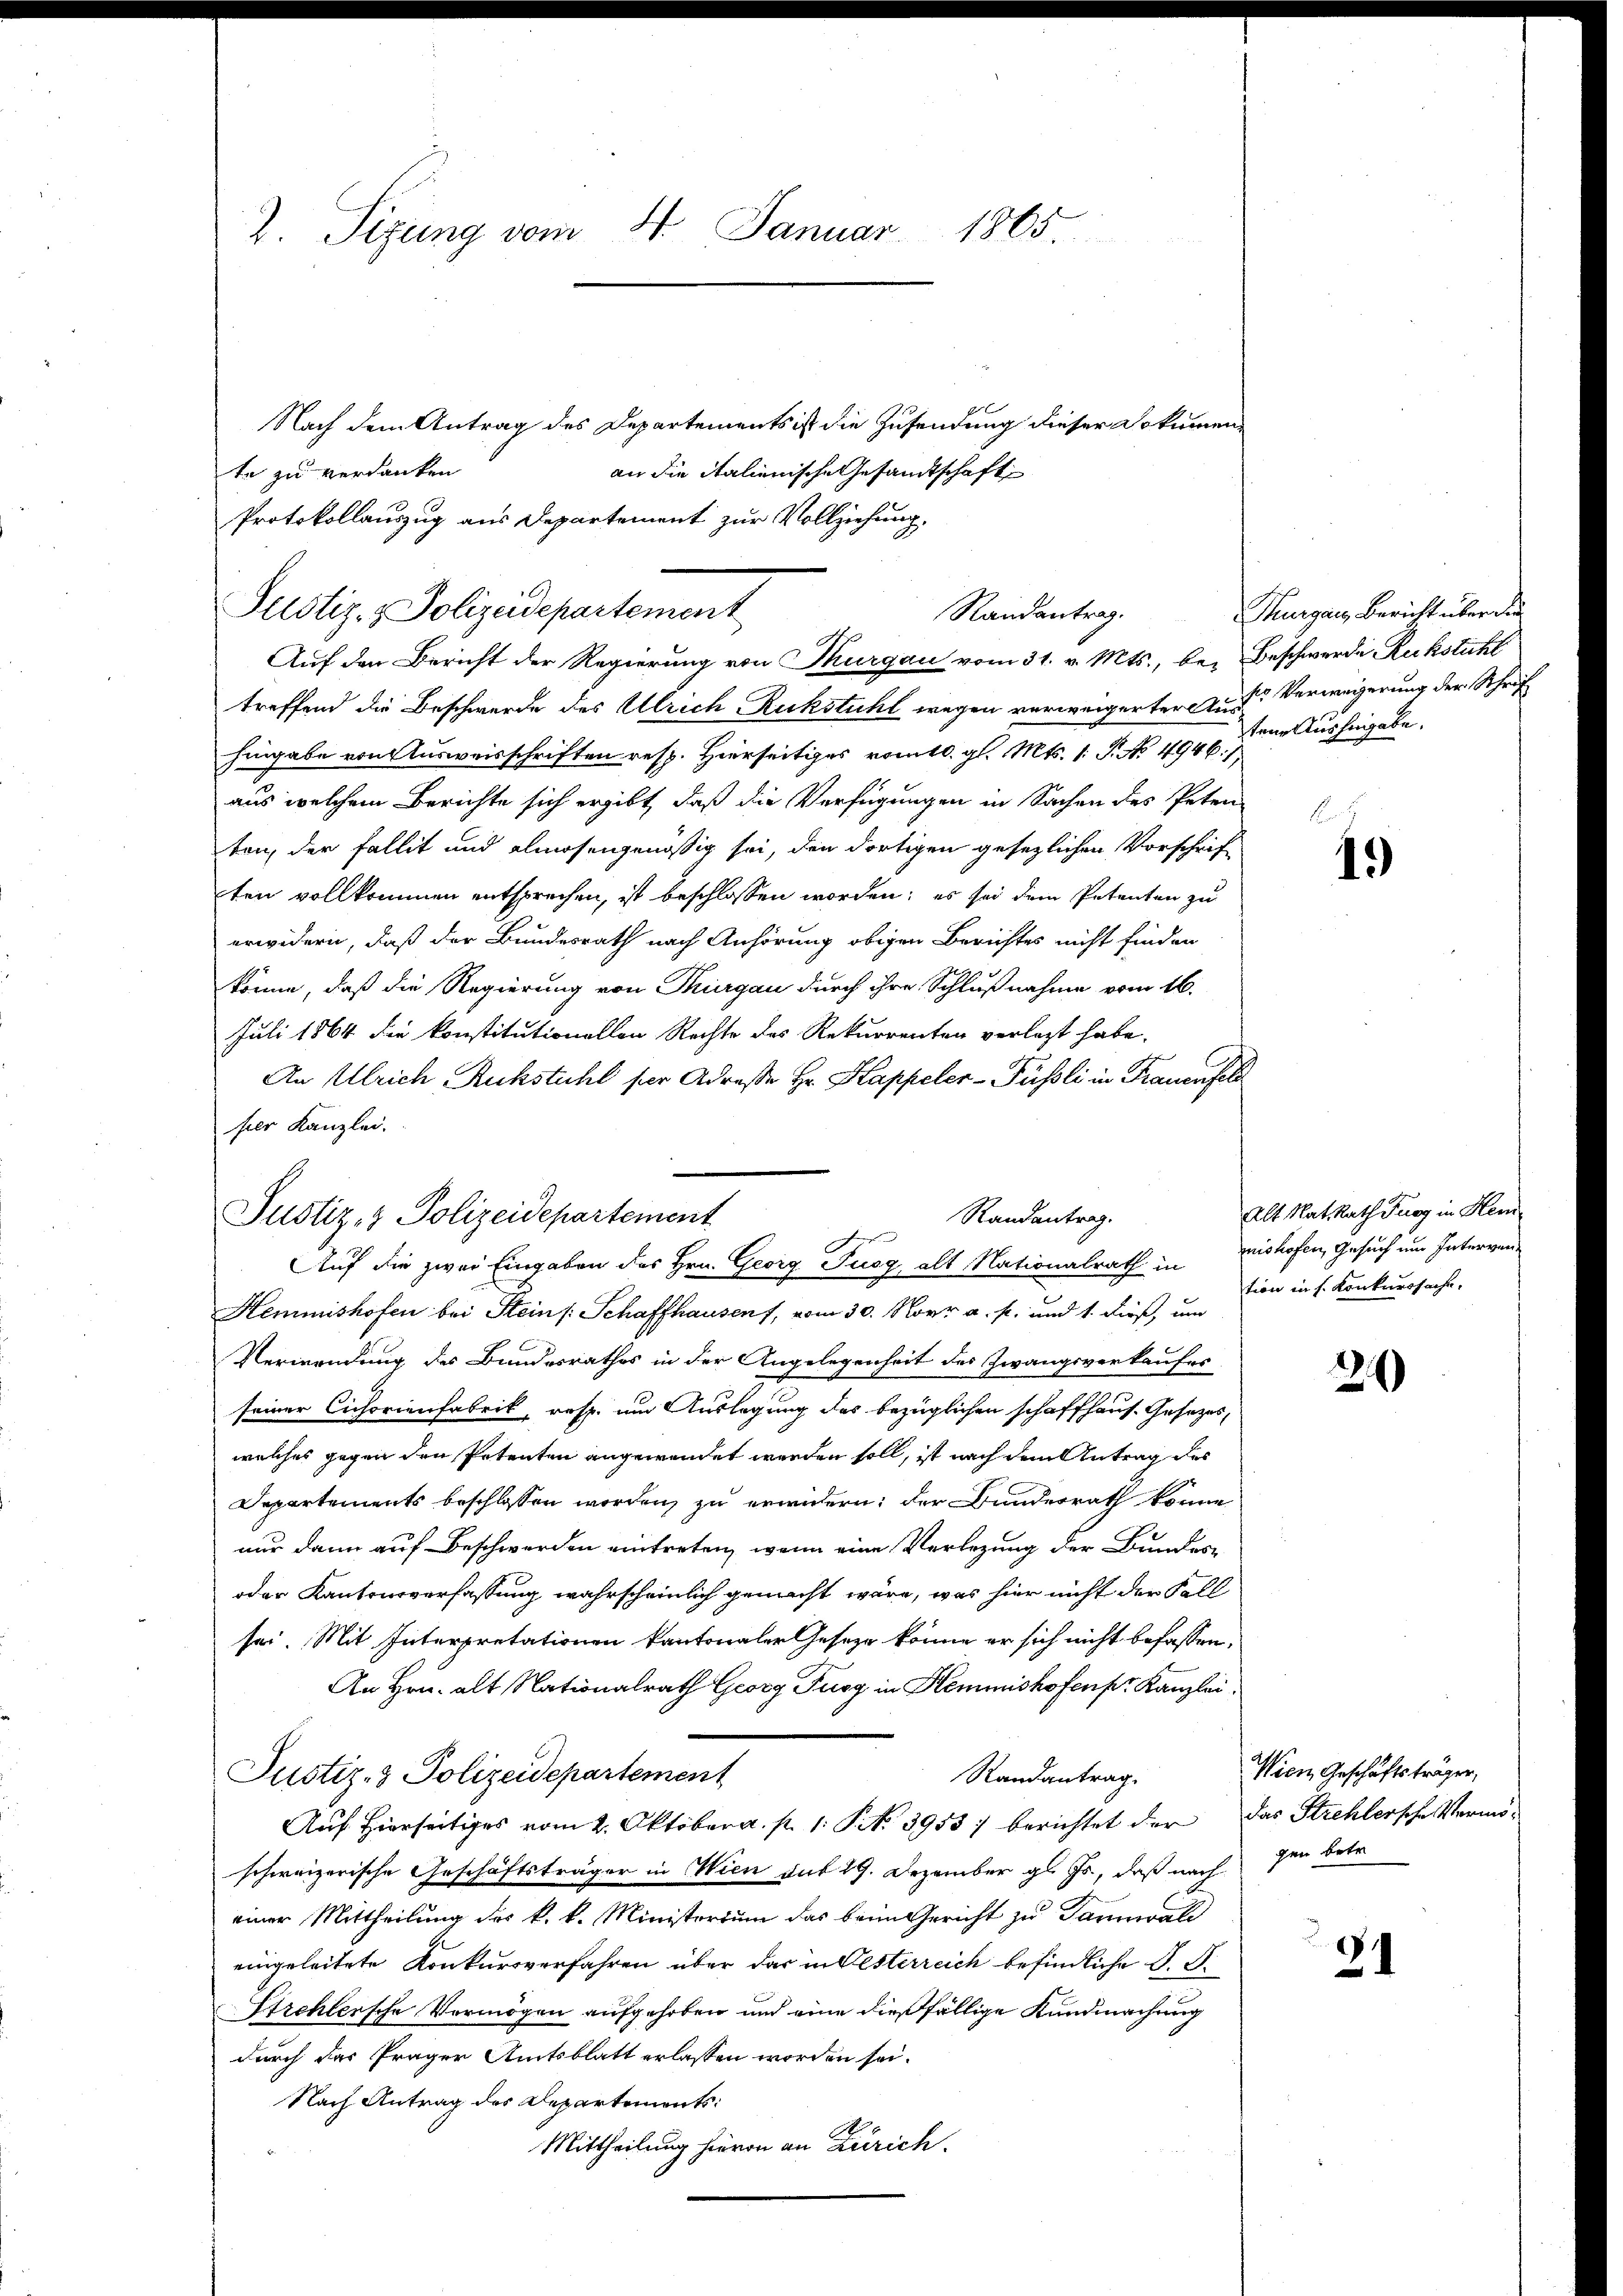
2. Sizung vom 4. Januar 1865.

Justiz- & Polizeidepartement

Nach dem Antrag des Departements ist die Zusendung dieser Dokumente zu verdanken
an die italienische Gesandtschaft
Protokollauszug aus Departement zur Vollziehung.
Justiz- & Polizeidepartement
treffend die Beschwerde des Ulrich Ruckstuhl wegen verweigerter Aus Verweigerung der Schrif
hingabe von Ausweisschriften resp. Hierseitiges vom 10. gl. Mts. 1. P. No 4946./
aus welchem Berichte sich ergibt, daß die Verfügungen in Sachen des Peten
ten, der Fallit und almosengenößig sei, den dortigen gesezlichen Vorschrift
ten vollkommen entsprechen, ist beschlossen worden; es sei dem Petenten zu
erwidern, daß der Bundesrath nach Anhörung obigen Berichtes nicht finden
könne, daß die Regierung von Thurgau durch ihre Schlußnahme vom 16.
Juli 1864 die konstitutionellen Rechte des Rekurrenten verlegt habe.
An Ulrich Ruckstuhl ser Adresse Hr. Kappeler-Füßli in Frauenfel
fier Kanzlei.
Randantrag.
Hemmnishofen bei Stein /: Schaffhausen, vom 30. Novr a. p. und 1. dieß, um
Verwendung des Bundesrathes in der Angelegenheit des Zwangsverkaufes
seiner Cichorienfabrik, resp. um Auslegung des bezüglichen schaffhaus. Gesetzes,
welches gegen den Petenten angewendet werden soll, ist nach dem Antrag des
Departements beschlossen worden, zu erwidern; der Bundesrath könne
nur dann auf Beschwerden eintreten, wenn eine Verlegung der Bundes-
oder Kantonsverfassung wahrscheinlich gemacht wäre, was hier nicht der Fall
sei. Mit Interpretationen kantonaler Geseze könne er sich nicht befassen,
An Hrn. alt Nationalrath Georg Fuss in Hemmnishofenpr. Kanzlei.
Justiz- & Polizeidepartement
Randantrag.
Auf Hierseitiges vom 2. Oktober a. p. 1 S. 3955) berichtet der
schweizerische Geschäftsträger in Wien auf 19. Dezember gl. Js., daß nach
einer Mittheilung des k. k. Ministorium das beim Gericht zu Dannwald
eingeleitete Konkursverfahren über das in Oesterreich befindliche O. S.
Erehlersche Vermögen aufgehoben und eine dießfällige Kundmachung
durch das Präger Amtsblatt erlassen worden sei.
Nach Antrag des Departements:
Mittheilung hievon an Zürich.

Randantrag.
Auf den Bericht der Regierung von Thurgau vom 31. v. Mts., bei Beschwerde Ruckstuhl

e
Auf die zwei Eingaben des Hrn. Georg Fuog, alt Nationalrath in Bishofen, Gesuch um Interven-

Thurgau, Bericht über die
tene Aushingabe.

B
19)

Alt Nat. Rath Furg in Hein
tion in s. Konkurssache,

21)

Wien Geschäftsträger,
das Strehlersche Vermögen betr

21